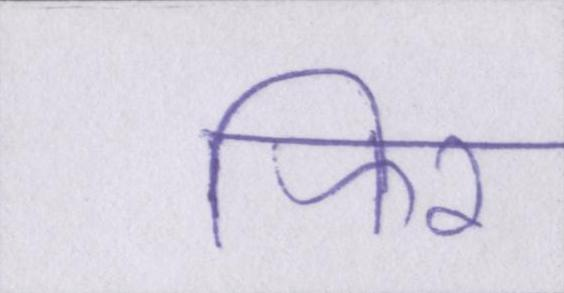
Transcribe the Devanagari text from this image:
फिर